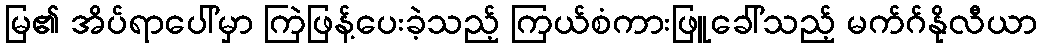
မြ၏ အိပ်ရာပေါ်မှာ ကြဲဖြန့်ပေးခဲ့သည့် ကြယ်စံကားဖြူခေါ်သည့် မက်ဂ်နိုလီယာ